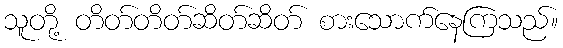
သူတို့ တိတ်တိတ်ဆိတ်ဆိတ် စားသောက်နေကြသည်။